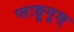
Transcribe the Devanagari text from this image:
प्तःङूगूश्